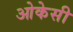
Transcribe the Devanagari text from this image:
ओकेसी